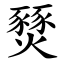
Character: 燹